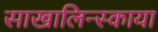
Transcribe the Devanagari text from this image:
साखालिन्स्काया